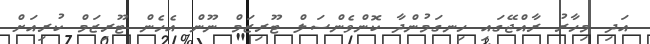
އަދި މިހާރު ރާއްޖޭގައި ހިނގަމުންދާ ކޮންވެންސަލް ޓޫރިޒަމް ނޫން އެހެން ޓޫރިޒަމް ކުރިއަށް